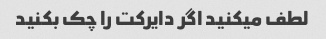
لطف میکنید اگر دایرکت را چک بکنید